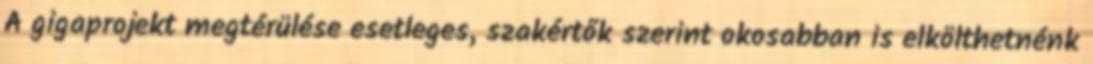
A gigaprojekt megtérülése esetleges, szakértők szerint okosabban is elkölthetnénk